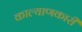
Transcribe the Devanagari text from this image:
काल्याणकारी